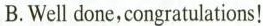
B.Well done,congratulations!